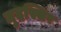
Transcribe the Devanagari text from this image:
मुदस्सिर